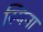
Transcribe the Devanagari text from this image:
स्पिना